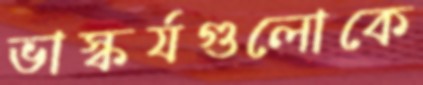
ভাস্কর্যগুলোকে